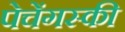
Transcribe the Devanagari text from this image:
पेचेंगस्की